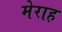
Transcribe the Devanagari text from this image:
मेराह